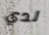
لدي